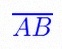
\overline{AB}